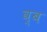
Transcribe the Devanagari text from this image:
व्ब